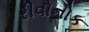
રીવોનોક